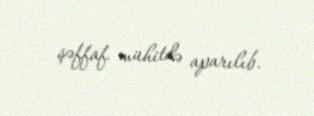
şəffaf mühitdə aparılıb.